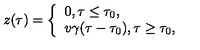
z ( \tau ) = \left\{ \begin{array} { l } { 0 , \tau \leq \tau _ { 0 } , } \\ { v \gamma ( \tau - \tau _ { 0 } ) , \tau \geq \tau _ { 0 } , } \\ \end{array} \right.